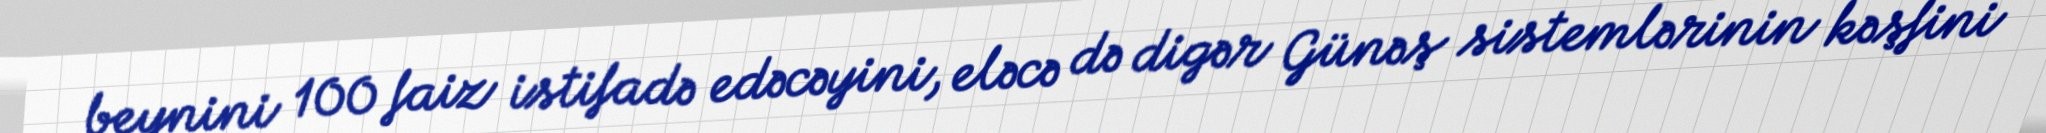
beynini 100 faiz istifadə edəcəyini, eləcə də digər Günəş sistemlərinin kəşfini